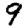
Digit: 9